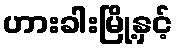
ဟားခါးမြို့နှင့်